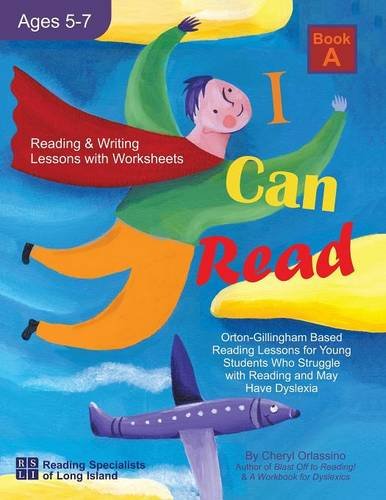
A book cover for I Can Read, Book A: Orton-Gillingham Based Reading Lessons for Young Students Who Struggle with Reading and May Have Dyslexia; Cheryl Orlassino; Education & Teaching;